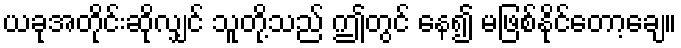
ယခုအတိုင်းဆိုလျှင် သူတို့သည် ဤတွင် နေ၍ မဖြစ်နိုင်တော့ချေ။